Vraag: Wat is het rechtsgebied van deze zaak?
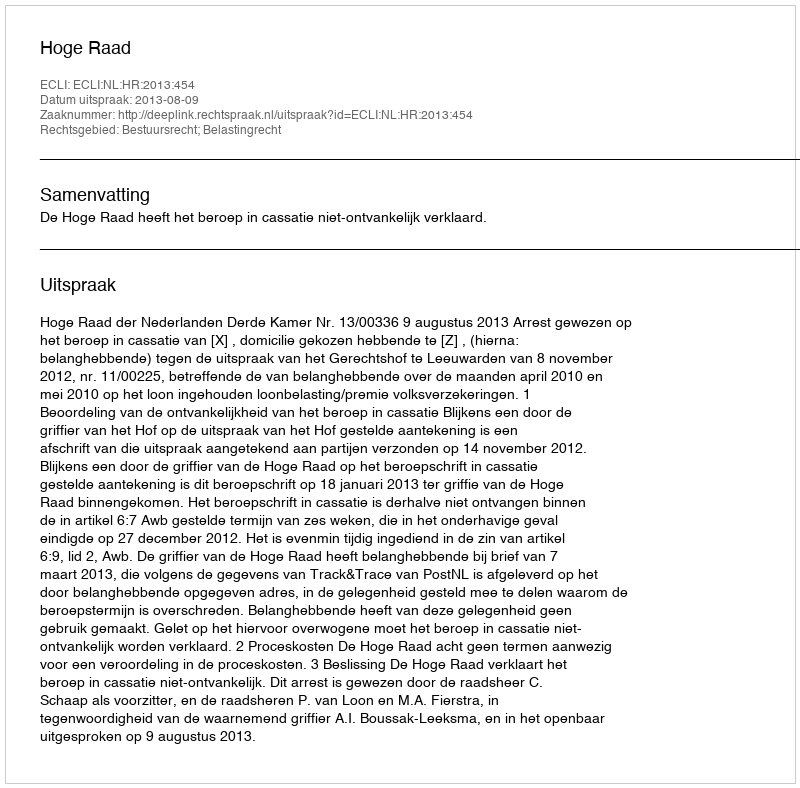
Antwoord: Bestuursrecht; Belastingrecht